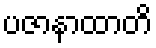
ပဇာနာထာတိ